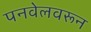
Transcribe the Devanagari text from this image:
पनवेलवरून